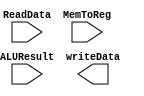
module MuxMemToReg(
	input [31:0] ALUResult,
	input [31:0] ReadData,
	input MemToReg,
	output writeData);

	assign Addr = (MemToReg) ? ReadData : ALUResult;
endmodule